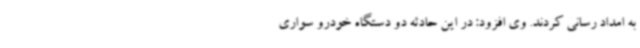
به امداد رسانی کردند. وی افزود: در این حادثه دو دستگاه خودرو سواری